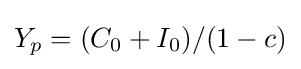
Y_{p}=(C_{0}+I_{0})/(1-c)